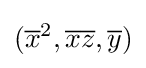
({\overline {x}}^{2},{\overline {x}}{\overline {z}},{\overline {y}})